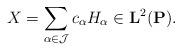
LaTeX: \begin{align*} X =\sum_{\alpha\in\mathcal{J}}c_{\alpha}H_{\alpha} \in \mathbf{L}^2(\mathbf{P}).\end{align*}